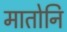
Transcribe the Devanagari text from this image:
मातोनि